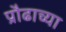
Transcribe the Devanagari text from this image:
प्रौढाच्या